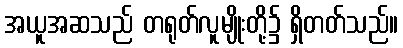
အယူအဆသည် တရုတ်လူမျိုးတို့၌ ရှိတတ်သည်။